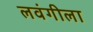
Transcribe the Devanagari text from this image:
लवंगीला